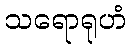
သရောရုဟံ